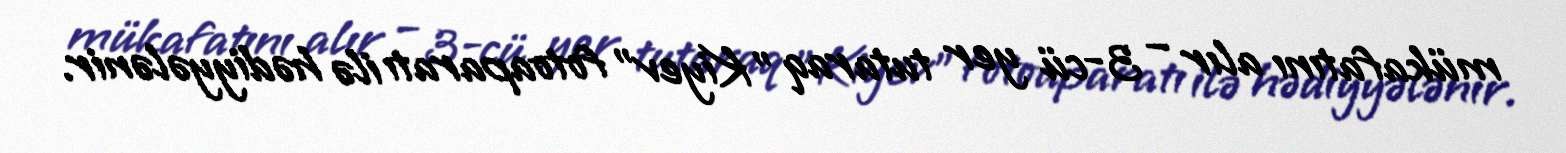
mükafatını alır – 3-cü yer tutaraq "Kiyev" fotoaparatı ilə hədiyyələnir.